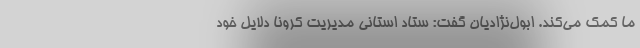
ما کمک می‌کند. ابول‌نژادیان گفت: ستاد استانی مدیریت کرونا دلایل خود